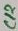
Text: C12